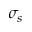
\sigma _ { s }